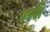
ઋશિ